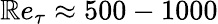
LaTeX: \mathbb{R}e_{\tau}\approx500-1000